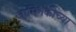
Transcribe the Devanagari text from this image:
जामिनकीच्या